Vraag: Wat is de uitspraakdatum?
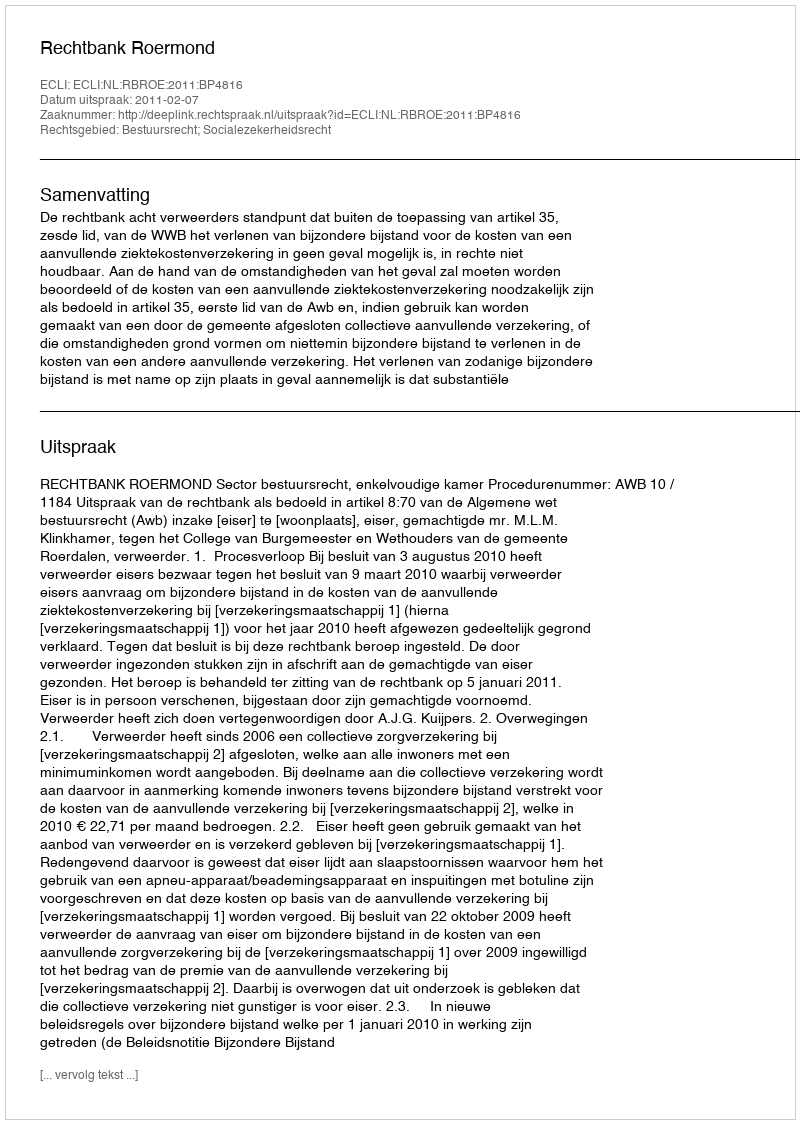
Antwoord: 2011-02-07